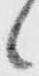
候